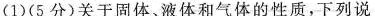
(1)(5分)关于固体、液体和气体的性质，下列说